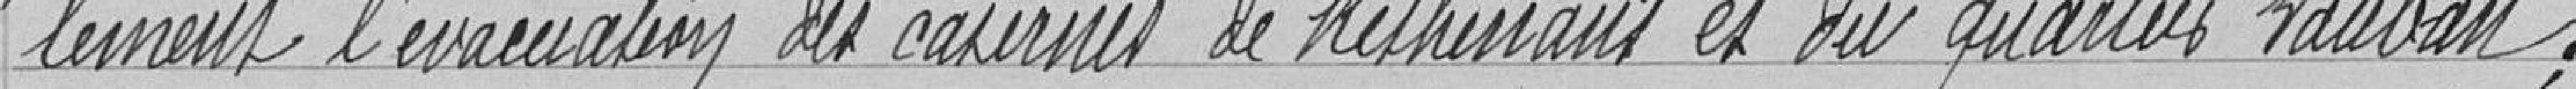
" lement l'évacuation des carnes de Kelhenaus et du quartier Vauban;